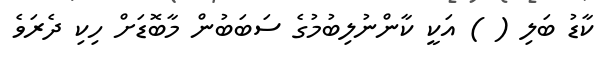
ކާޑު ބަލި ( ) އަކީ ކާންނުލިބުމުގެ ސަބަބުން މާބޮޑަށް ހިކި ދެރަވެ